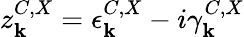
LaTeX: z_{\mathbf k}^{C,X}=\epsilon_{\mathbf k}^{C,X}-i\gamma_{\mathbf k}^{C,X}